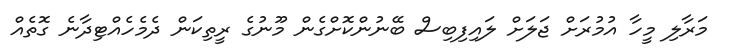
މަރާލި މީހާ އުމުރަށް ޖަލަށް ލައިފިބިސް ބޭނުންކޮށްގެން މޫނުގެ ރީތިކަން ދެމެހެއްޓިދާނެ ގޮތެއް